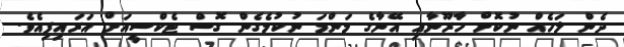
ދެން ލަހެއް ނުކޮށް ހާރޫނާއި އޭނާގެ މަންމަ ނުކުމެގެން ގޮސް ޓެކްސީއަށް އަރައިފިއެވެ.